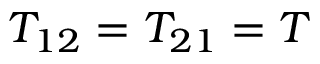
T _ { 1 2 } = T _ { 2 1 } = T